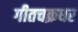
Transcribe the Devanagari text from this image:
गीतचक्रधर